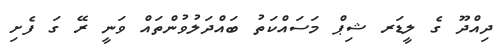
ދިއްދޫ ގެ ލީޑަރ ޝިޕް މަސައްކަތު ބައްދަލުވުންތައް ވަނީ ރޭ ގަ ފެށި